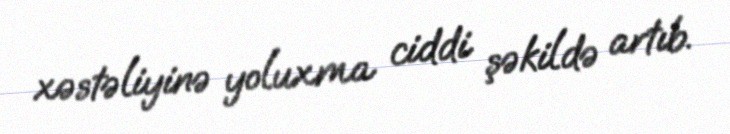
xəstəliyinə yoluxma ciddi şəkildə artıb.